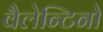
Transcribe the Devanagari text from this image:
वैलेन्टिनो